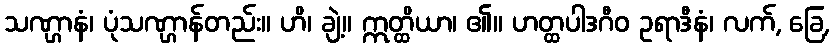
သဏ္ဌာနံ၊ ပုံသဏ္ဌာန်တည်း။ ဟိ၊ ချဲ့။ ဣတ္ထိယာ၊ ၏။ ဟတ္ထပါဒဂီဝ ဥရာဒီနံ၊ လက်, ခြေ,